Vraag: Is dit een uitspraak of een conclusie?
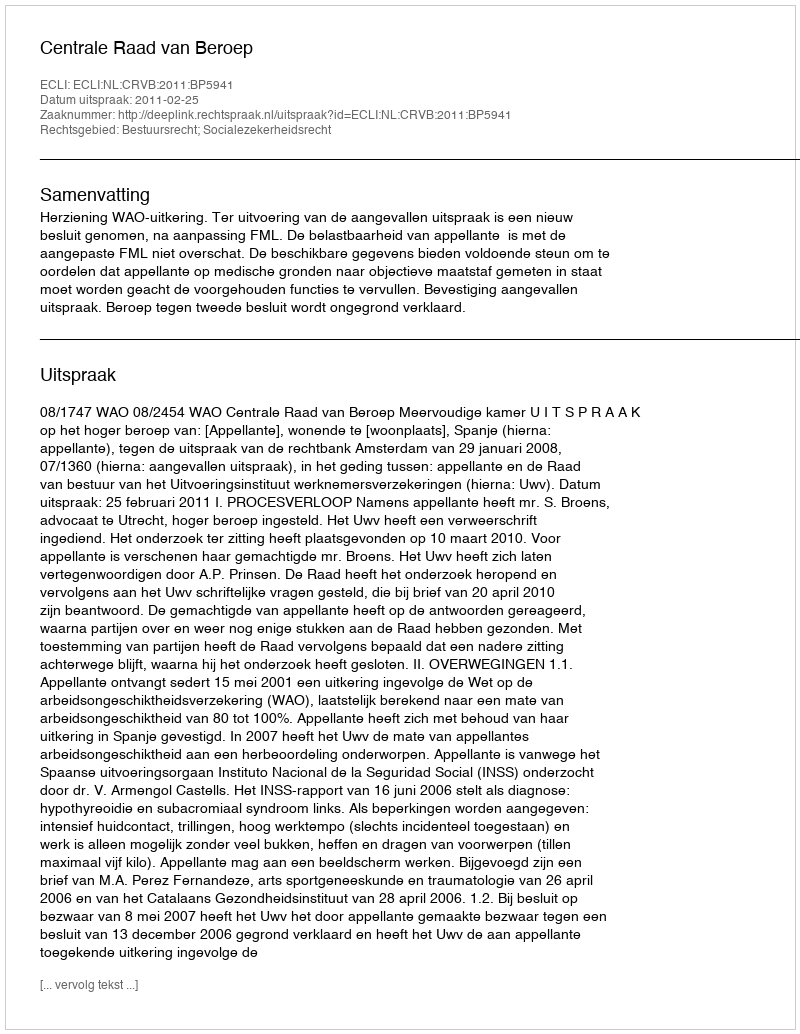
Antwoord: Uitspraak